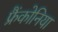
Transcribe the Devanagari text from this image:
फ्रैंकोनिया